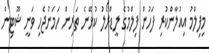
މިފިލްމު އިއުލާންކުރި ފަހުން ފިލްމުގެ ލީޑްރޯލު ކުޅޭނެ ތަރިން ހަމަނުޖެހި ވަނީ ޝޫޓިން